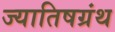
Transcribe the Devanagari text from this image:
ज्यातिषग्रंथ